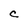
Character: C